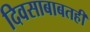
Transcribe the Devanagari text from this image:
दिवसाबाबतही